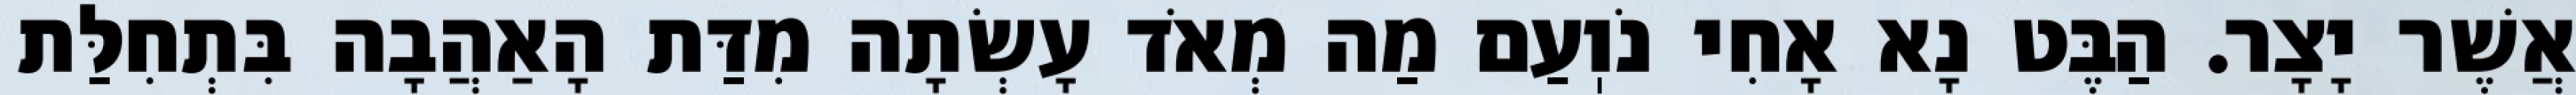
אֲשֶׁר יָצָר. הַבֶּט נָא אָחִי נֹוֽעַם מַה מְאֹד עָשְׂתָה מִדַּת הָאַהֲבָה בִּתְחִלַּת